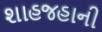
શાહજહાની